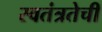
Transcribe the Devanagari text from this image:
स्वतंत्रतेची